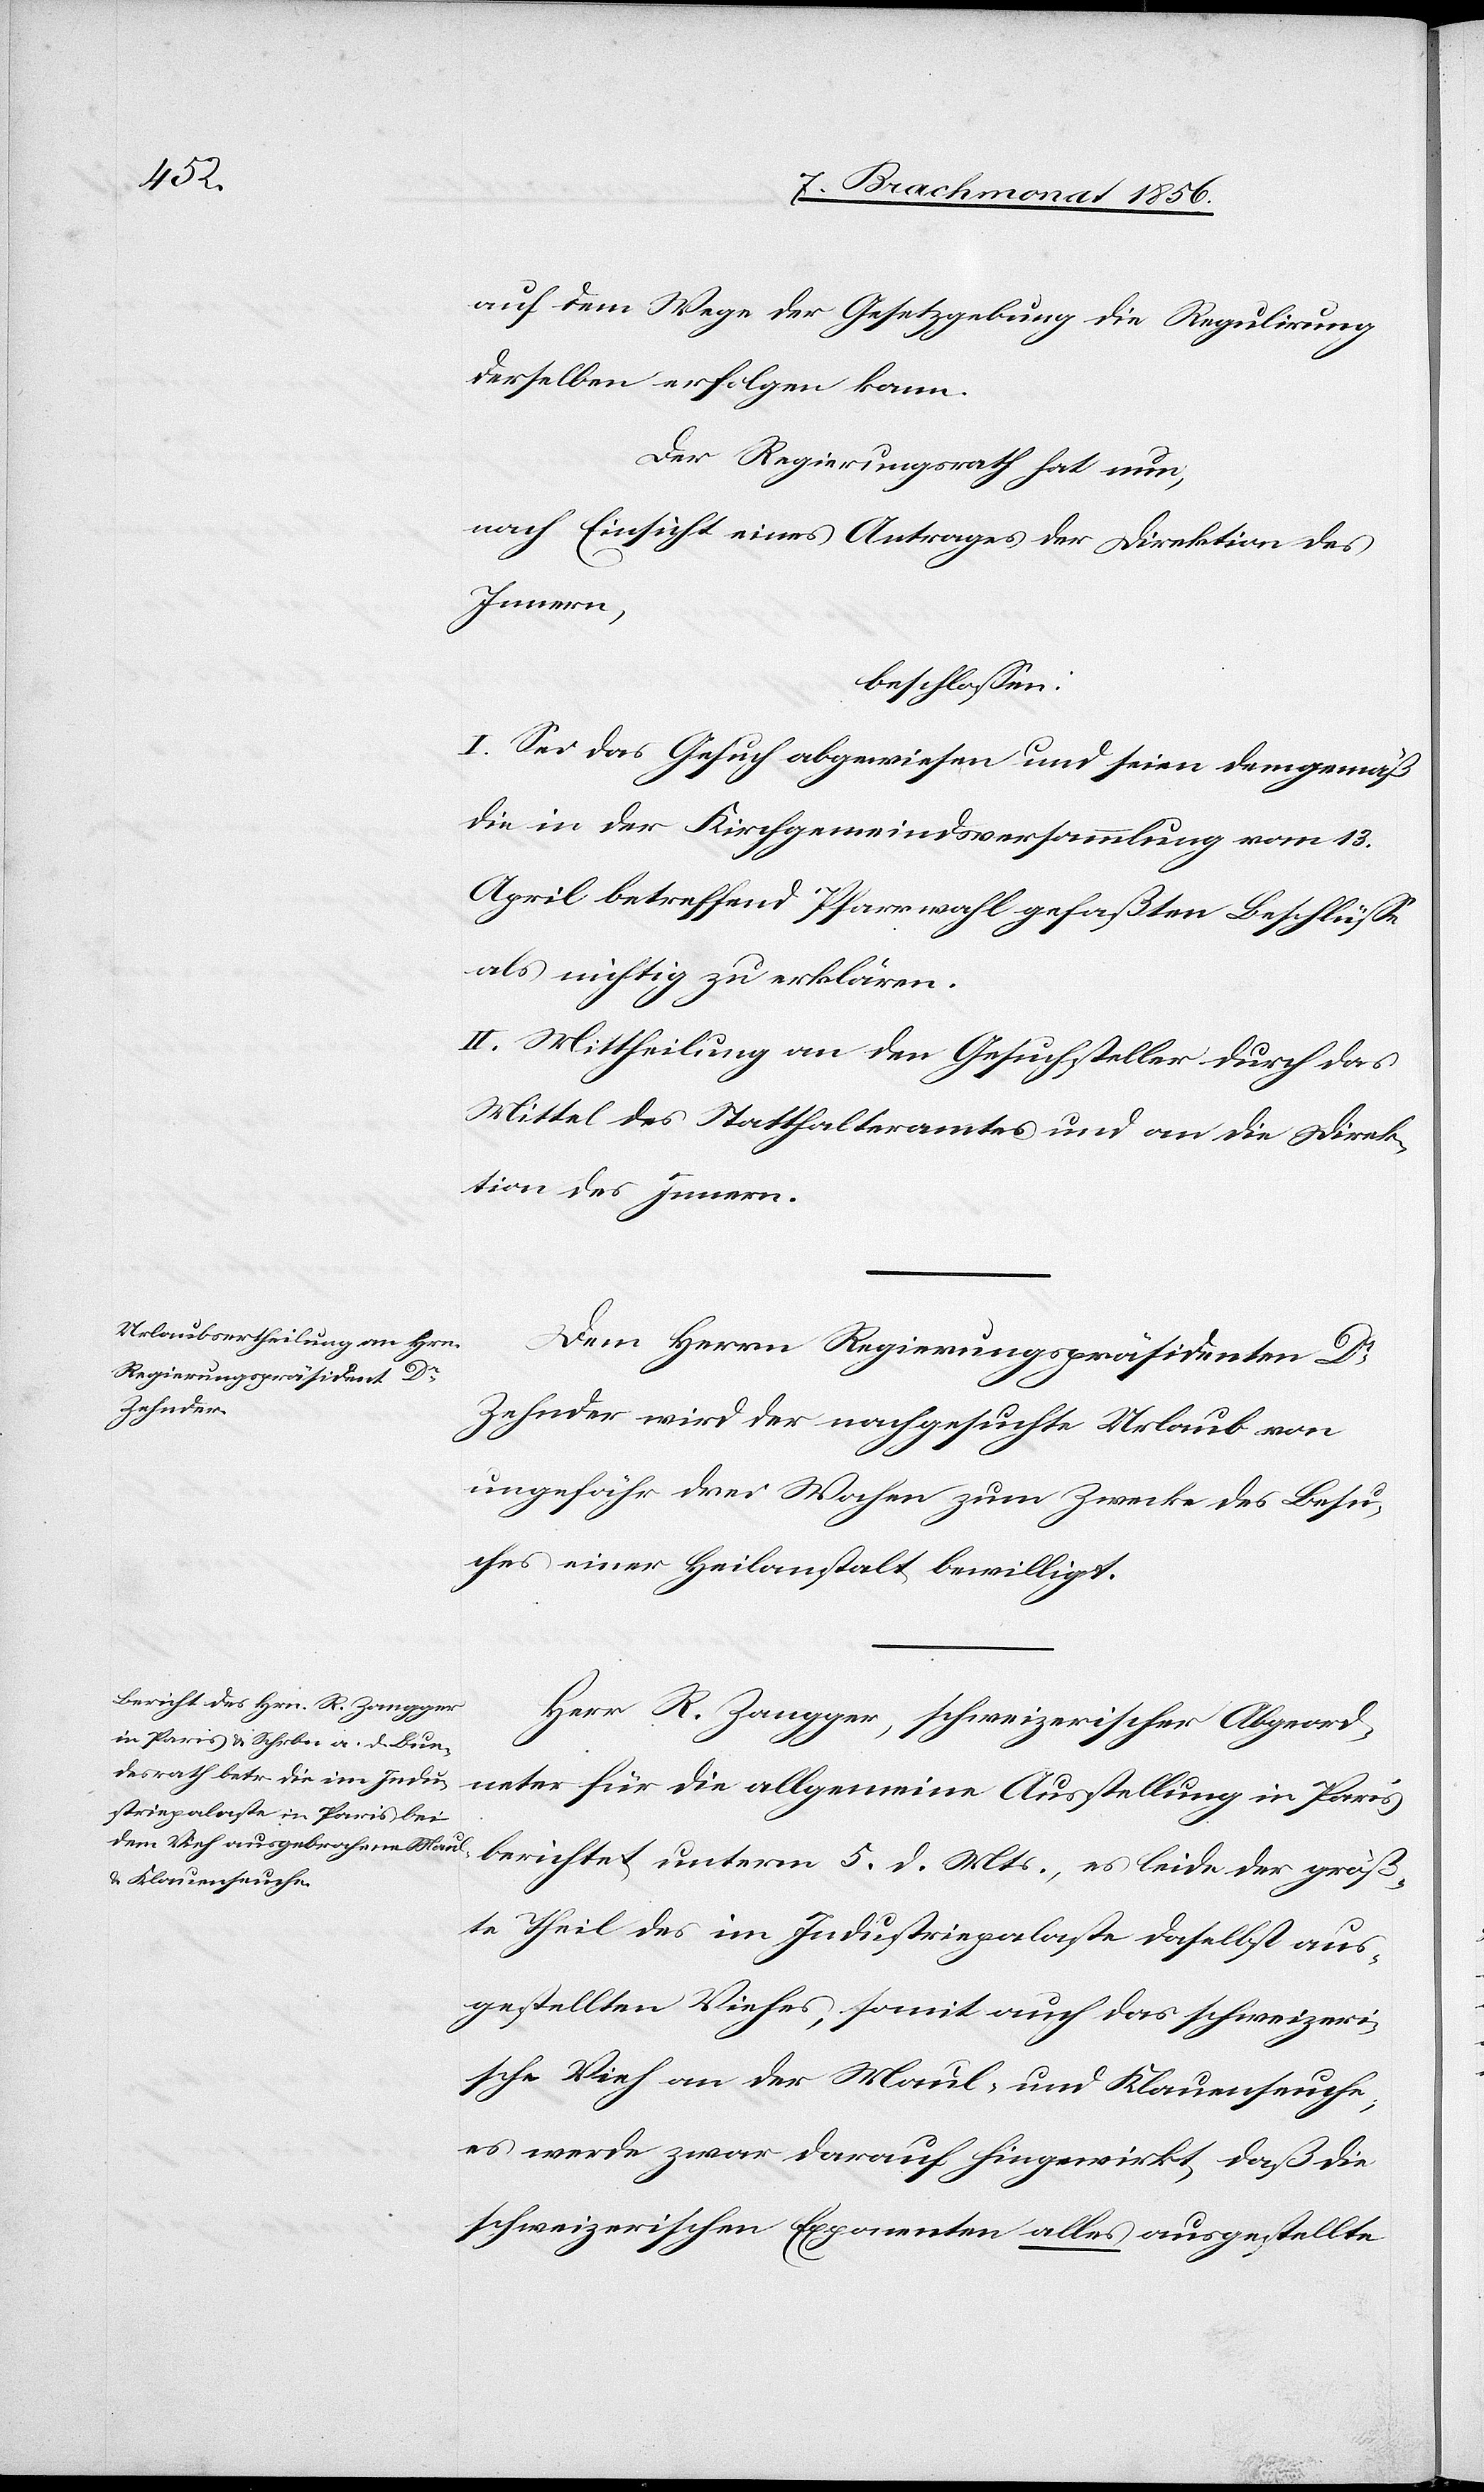
auf dem Wege der Gesetzgebung die Regulirung
derselben erfolgen kann.
Der Regierungsrath hat nun,
nach Einsicht eines Antrages der Direktion des
Innern,
beschlossen:
I. Sei das Gesuch abgewiesen und seien demgemäß
die in der Kirchgemeindsversammlung vom 13.
April betreffend Pfarrwahl gefaßten Beschlüsse
als nichtig zu erklären.
II. Mittheilung an den Gesuchsteller durch das
Mittel des Statthalteramtes und an die Direk¬
tion des Innern.
Dem Herrn Regierungspräsidenten Dr
Zehnder wird der nachgesuchte Urlaub von
ungefähr drei Wochen zum Zwecke des Besu¬
ches einer Heilanstalt bewilligt.
Herr R. Zangger, schweizerischer Abgeord¬
neter für die allgemeine Ausstellung in Paris
berichtet unterm 5. d. Mts., es leide der größ¬
te Theil des im Industriepalaste daselbst aus¬
gestellten Viehes, somit auch das schweizeri¬
sche Vieh an der Maul- und Klauenseuche;
es werde zwar darauf hingewirkt, daß die
schweizerischen Exponenten alles ausgestellte